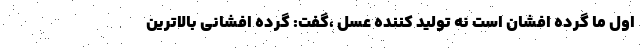
اول ما گرده افشان است نه تولید کننده عسل ،گفت: گرده افشانی بالاترین